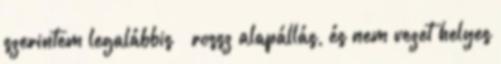
szerintem legalábbis – rossz alapállás, és nem vezet helyes